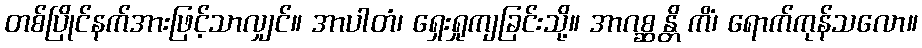
တစ်ပြိုင်နက်အားဖြင့်သာလျှင်။ အာပါတံ၊ ရှေးရှုကျခြင်းသို့။ အာဂစ္ဆန္တိ ကိံ၊ ရောက်ကုန်သလော။